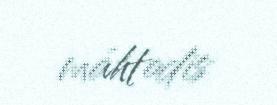
máhtodis